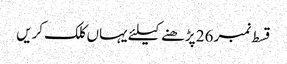
قسط نمبر 26 پڑھنے کیلئے یہاں کلک کریں